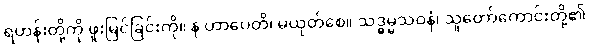
ရဟန်းတို့ကို ဖူးမြင်ခြင်းကို။ န ဟာပေတိ၊ မယုတ်စေ။ သဒ္ဓမ္မသဝနံ၊ သူတော်ကောင်းတို့၏